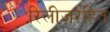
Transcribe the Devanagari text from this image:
रिलीज़रहित